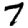
Digit: 7